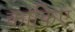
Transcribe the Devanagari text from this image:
काफिए